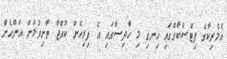
އެމެރިކާގެ ޕިޓްސްބާގްގައި ހިނގި މި ހާދިސާގައި އެ ފިރިހެން ކުއްޖާ ތާށިވުމުން އަންހެން